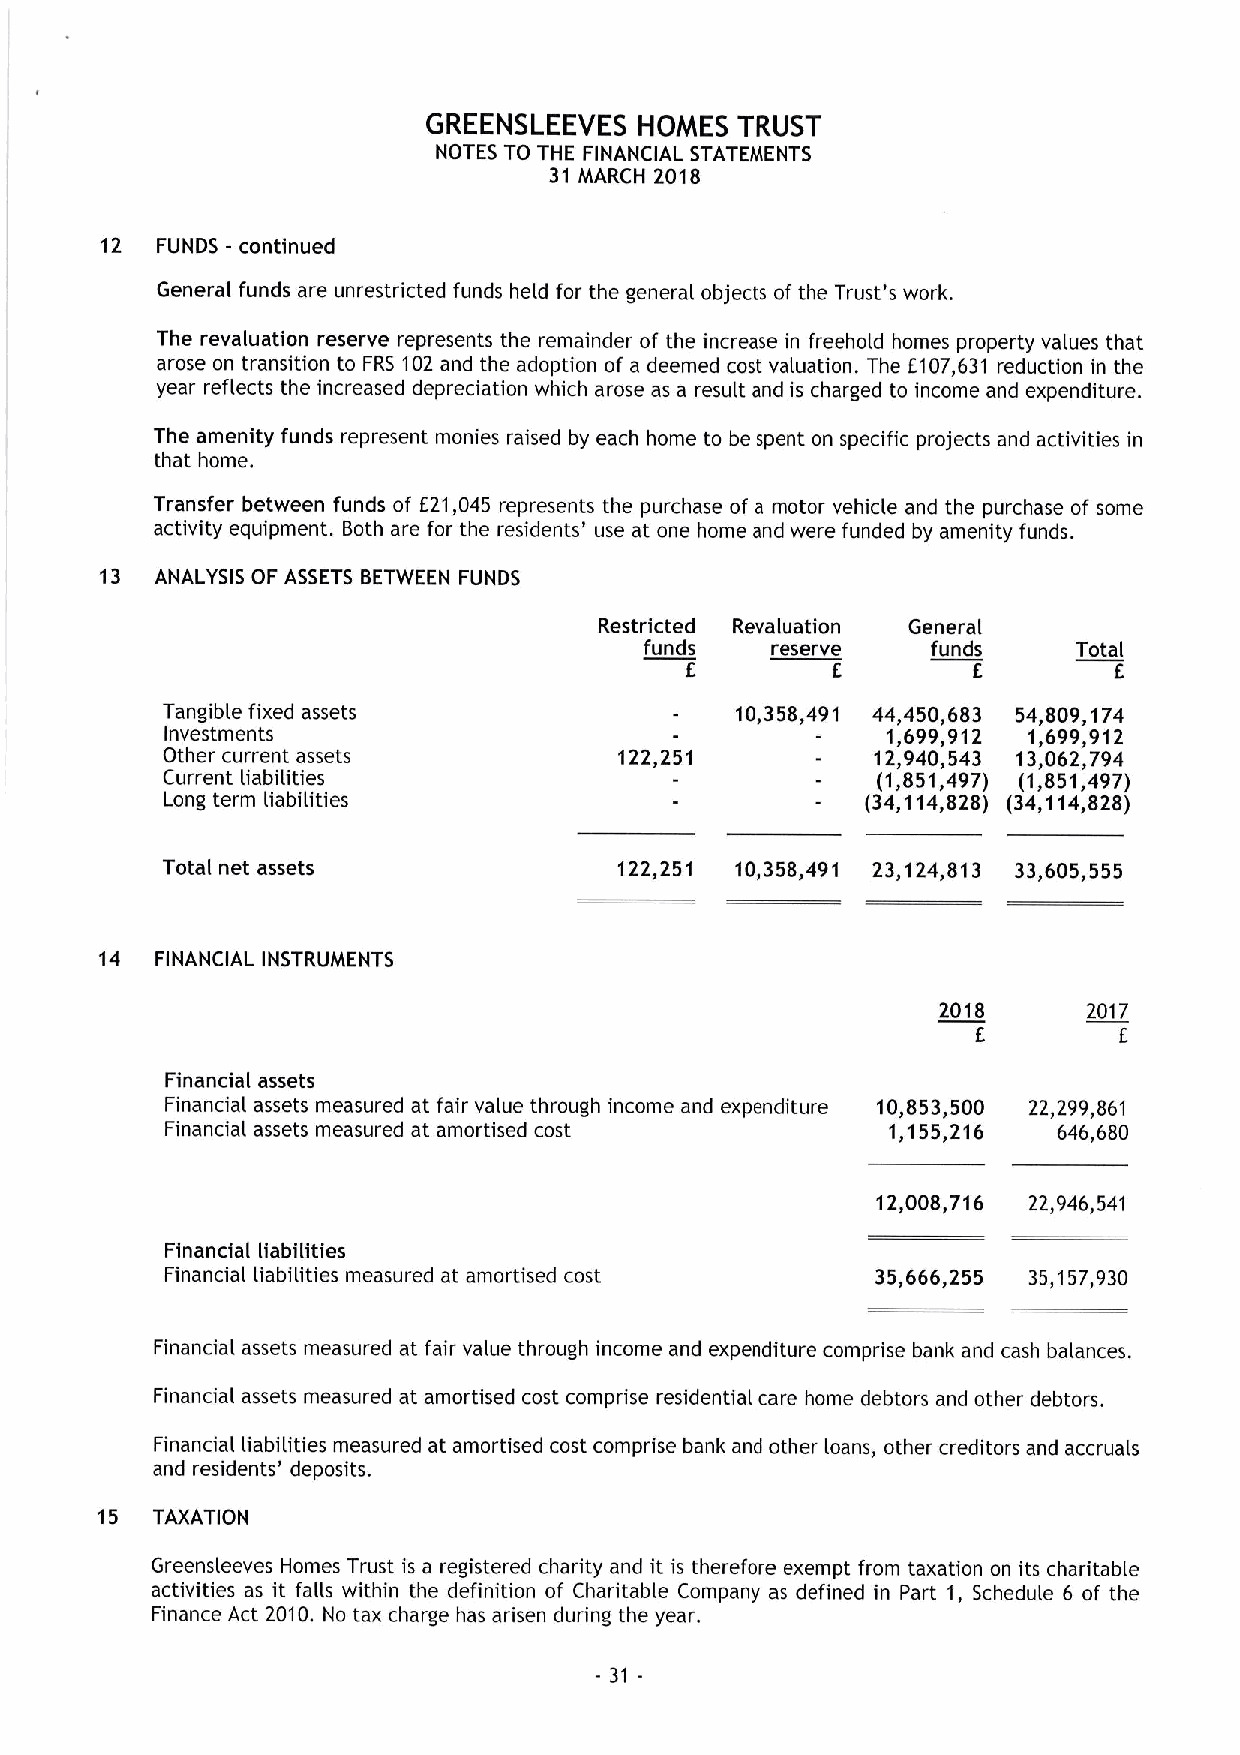
GREENSLEEVES  HOMES  TRUST
 NOTES TO THE FINANCIAL STATEMENTS
 31 MARCH 2018
 12 FUNDS - continued
 General funds are unrestricted funds held for the general objects of the Trust's work.
 The revaluation reserve represents the remainder of the increase in freehold homes property values that
 arose on transition to FRS 102and the adoption of a deemed cost valuation. The E107,631 reduction in the
 year reflects the increased depreciation which arose as a result and is charged to income and expenditure.
 The amenity funds represent monies raised by each home to be spent on specific projects and activities in
 that home.
 Transfer between funds of E21,045 represents the purchase of a motor vehicle and the purchase of some
 activity equipment. Both are for the residents' use at one home and were funded by amenity funds.
 13 ANALYSIS OF ASSETS BETWEEN FUNDS
 Restricted Revaluation General
 funds   reserve    funds    Total
 E         E        E         E
 Tangible fixed assets                 10,358,491 44,450,683 54,809,174
 Investments                                     1,699,912 1,699,912
 Other current assets          122,251          12,940,543 13,062,794
 Current liabilities                            (1,851,497) (1,851,497)
 Long term liabilities                         (34,114,828) (34,114,828)
 Total net assets              122,251 10,358,491 23,124,813 33,605,555
 14 FINANCIAL INSTRUMENTS
 2018      2017
 E        E
 Financial assets
 Financial assets measured at fair value through income and expenditure 10,853,500 22,299,861
 Financial assets measured at amortised cost     1,155,216  646,680
 12,008,716 22,946,541
 Financial liabilities
 Financial liabilities measured at amortised cost 35,666,255 35,157,930
 Financial assets measured at fair value through income and expenditure comprise bank and cash balances.
 Financial assets measured at amortised cost comprise residential care home debtors and other debtors.
 Financial liabilities measured at amortised cost comprise bank and other loans, other creditors and accruals
 and residents' deposits.
 15  TAXATION
 Greensleeves Homes Trust is a registered charity and it is therefore exempt from taxation on its charitable
 activities as it falls within the definition of Charitable Company as defined in Part 1, Schedule 6 of the
 Finance Act 2010. No tax charge has arisen during the year.
 - 31